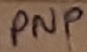
Text: PNP